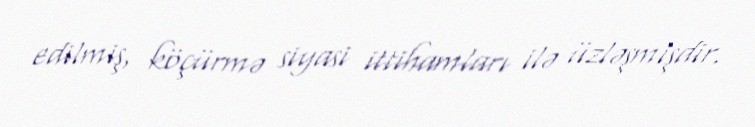
edilmiş, köçürmə siyasi ittihamları ilə üzləşmişdir.